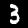
Digit: 3